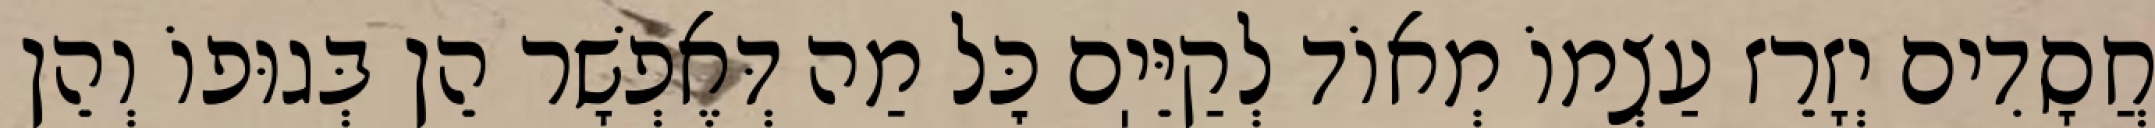
חֲסָדִים יְזָרֵז עַצְמוֹ מְאוֹד לְקַיֵּיֽם כׇּל מַה דְּאֶפְשָׁר הֵן בְּגוּפוֹ וְהֵן